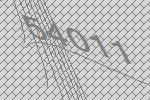
54011